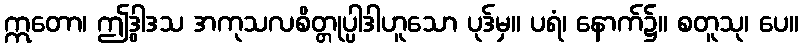
ဣတော၊ ဤဒွါဒသ အကုသလစိတ္တုပ္ပါဒါဟူသော ပုဒ်မှ။ ပရံ၊ နောက်၌။ စတူသု၊ ပေ။